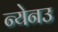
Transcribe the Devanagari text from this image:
न्येनउ